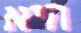
היא